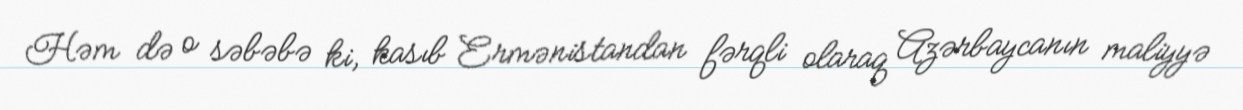
Həm də o səbəbə ki, kasıb Ermənistandan fərqli olaraq Azərbaycanın maliyyə